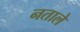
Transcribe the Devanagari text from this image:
नताले